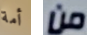
أمة من